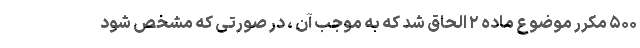
۵۰۰ مکرر موضوع ماده ۲ الحاق شد که به موجب آن ، در صورتی که مشخص شود